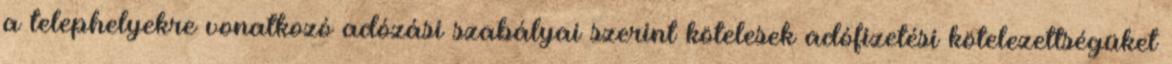
a telephelyekre vonatkozó adózási szabályai szerint kötelesek adófizetési kötelezettségüket